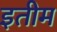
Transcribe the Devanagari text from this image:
इतीम